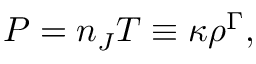
P = n _ { J } T \equiv \kappa \rho ^ { \Gamma } ,